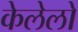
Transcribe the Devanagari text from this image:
केलेलो